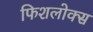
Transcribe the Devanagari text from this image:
फिशलोक्स